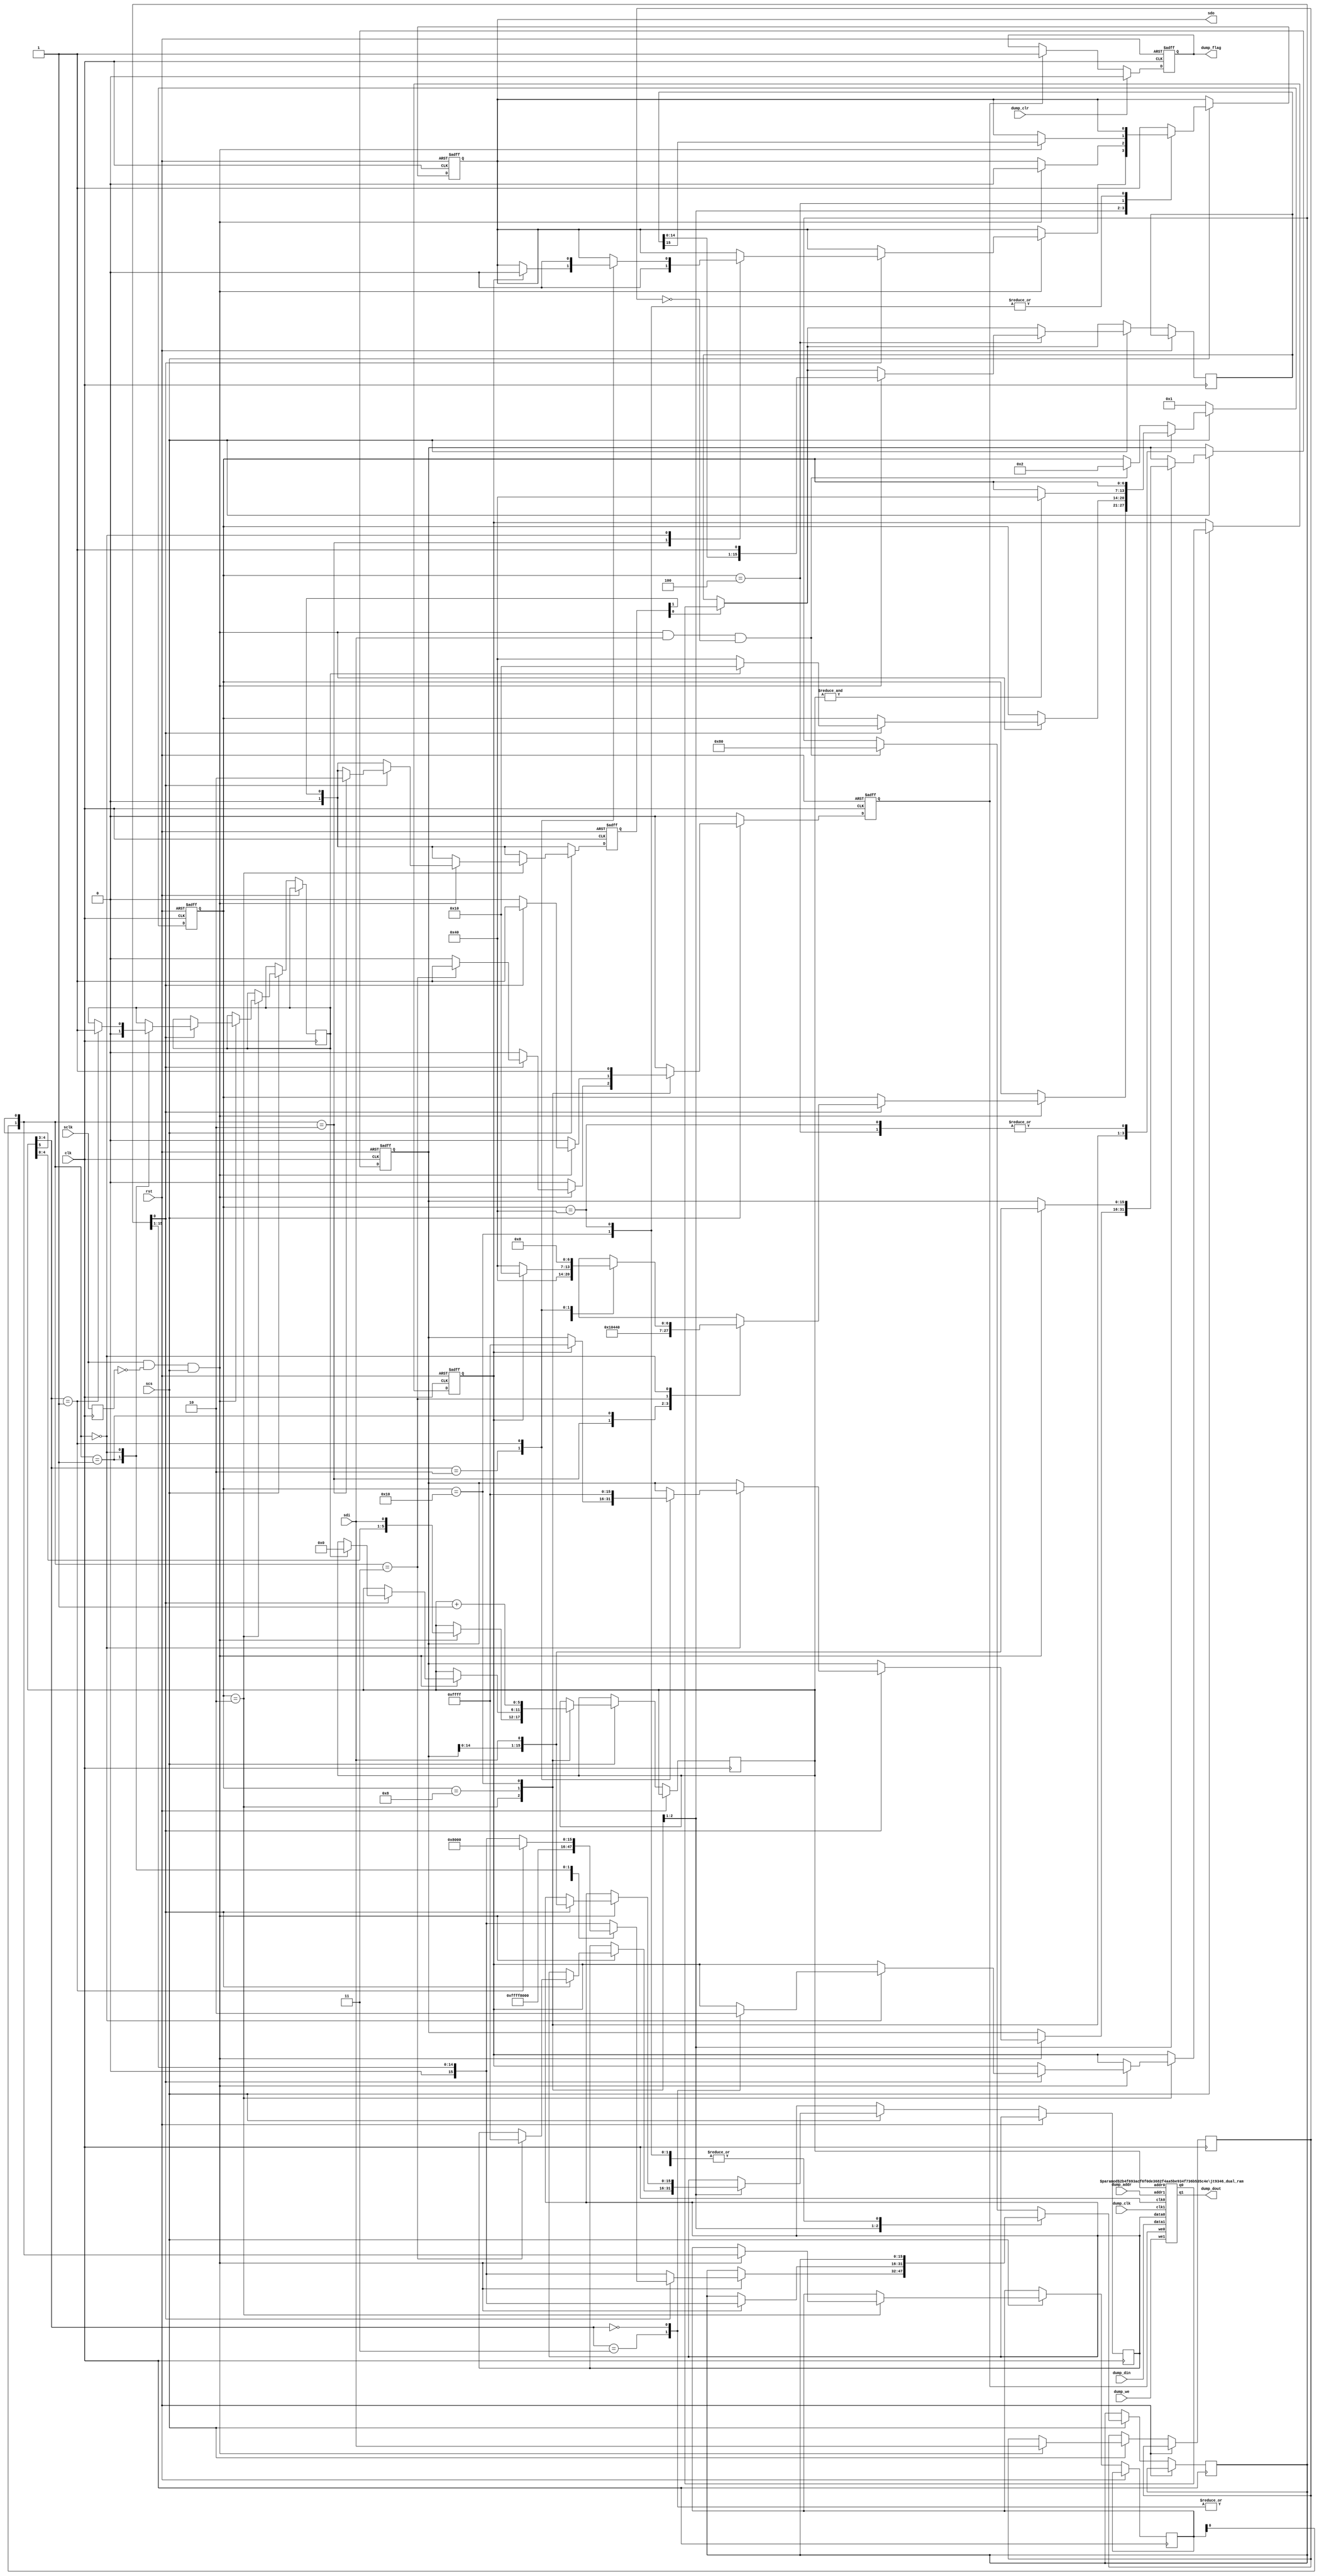
/*  This file is part of JTEEPROM.
    JTEEPROM program is free software: you can redistribute it and/or modify
    it under the terms of the GNU General Public License as published by
    the Free Software Foundation, either version 3 of the License, or
    (at your option) any later version.

    JTEEPROM program is distributed in the hope that it will be useful,
    but WITHOUT ANY WARRANTY; without even the implied warranty of
    MERCHANTABILITY or FITNESS FOR A PARTICULAR PURPOSE.  See the
    GNU General Public License for more details.

    You should have received a copy of the GNU General Public License
    along with JTEEPROM.  If not, see <http://www.gnu.org/licenses/>.

    Author: Jose Tejada Gomez. Twitter: @topapate
    Version: 1.0
    Date: 21-3-2020 */

// Module compatible with Microchip 96C06/46

module jt9346 #(
    parameter
    AW=6,   // Memory address bits
    CW=AW,  // bits between the 2-bit op command and the data
    DW=16
) (
    input           rst,        // system reset
    input           clk,        // system clock
    // chip interface
    input           sclk,       // serial clock
    input           sdi,         // serial data in
    output      reg sdo,         // serial data out and ready/not busy signal
    input           scs,         // chip select, active high. Goes low in between instructions
    // Dump access
    input           dump_clk,
    input  [AW-1:0] dump_addr,
    input           dump_we,
    input  [DW-1:0] dump_din,
    output [DW-1:0] dump_dout,
    // NVRAM contents changed
    input           dump_clr,   // Clear the flag
    output reg      dump_flag   // There was a write
);


reg           erase_en, write_all;
reg           sdi_l;
reg           last_sclk, mem_we;
reg  [   1:0] dout_up;
wire          sclk_posedge = sclk && !last_sclk;
reg  [CW-1:0] addr;
reg  [DW-1:0] newdata, dout, mem_din;
wire [DW-1:0] qout;
reg  [  15:0] rx_cnt;
reg  [   1:0] op;
reg  [   6:0] st;
wire [DW-1:0] next_data = { newdata[DW-2:0], sdi };
wire [CW+1:0] full_op = { op, addr };

`ifdef SIMULATION
wire [AW-1:0] next_addr = {addr[AW-2:0], sdi};
`endif

localparam IDLE=7'd1, RX=7'd2, READ=7'd4, WRITE=7'd8, WRITE_ALL=7'h10,
           PRE_READ=7'h20, WAIT=7'h40;

always @(posedge clk) last_sclk <= sclk;

jt9346_dual_ram #(.DW(DW), .AW(AW)) u_ram(
    .clk0   ( clk       ),
    .clk1   ( dump_clk  ),
    // First port: internal use
    .addr0  ( addr[0+:AW] ),
    .data0  ( mem_din   ),
    .we0    ( mem_we    ),
    .q0     ( qout      ),
    // Second port: dump
    .addr1  ( dump_addr ),
    .data1  ( dump_din  ),
    .we1    ( dump_we   ),
    .q1     ( dump_dout )
);

`ifdef JT9346_SIMULATION
    `define REPORT_WRITE(a,v) $display("EEPROM: %X written to %X", v, a[0+:AW]);
    `define REPORT_READ(a,v) $display("EEPROM: %X read from  %X", v, a[AW-1:0]);
    `define REPORT_ERASE(a  ) $display("EEPROM: %X ERASED", a);
    `define REPORT_ERASEEN  $display("EEPROM: erase enabled");
    `define REPORT_ERASEDIS $display("EEPROM: erase disabled");
    `define REPORT_ERASEALL $display("EEPROM: erase all");
    `define REPORT_WRITEALL $display("EEPROM: write all");
`else
    `define REPORT_WRITE(a,v)
    `define REPORT_READ(a,v)
    `define REPORT_ERASE(a)
    `define REPORT_ERASEEN
    `define REPORT_ERASEDIS
    `define REPORT_ERASEALL
    `define REPORT_WRITEALL
`endif

always @(posedge clk, posedge rst) begin
    if( rst ) begin
        erase_en <= 0;
        newdata  <= {DW{1'b1}};
        mem_we   <= 0;
        st       <= IDLE;
        sdo      <= 1'b0;
        dout_up  <= 0;
        dump_flag<= 0;
    end else begin
        if( dout_up[0] ) begin
            `REPORT_READ ( addr, qout )
            dout    <= qout;
            dout_up <= 0;
        end
        mem_we  <= 0;
        // It flags a write command, not necessarily a data change
        if( dump_clr )
            dump_flag <= 0;
        else if(mem_we) dump_flag <= 1;

        dout_up <= dout_up>>1;
        if( !scs ) begin
            st <= IDLE;
        end else begin
            if( sclk_posedge && scs ) sdi_l <= sdi;
            case( st )
                default: begin
                    sdo    <= 1; // ready
                    if( sclk_posedge && scs && sdi && !sdi_l ) begin
                        st <= RX;
                        rx_cnt <= 16'h1 << (CW+1);
                    end
                end
                RX: if( sclk_posedge && scs ) begin
                    rx_cnt <= rx_cnt>>1;
                    { op, addr } <= { full_op[CW:0], sdi };
                    if( rx_cnt[0] ) begin
                        case( full_op[CW:CW-1] ) // op is in bits 6:5
                            2'b10: begin
                                st      <= READ;
                                sdo     <= 0;
                                dout_up <= 2'b10;
                                // dout <= mem[ next_addr ];
                                rx_cnt  <= 16'hFFFF;
                            end
                            2'b01: begin
                                st        <= WRITE;
                                rx_cnt    <= DW==16 ? 16'h8000 : 16'h80;
                                write_all <= 1'b0;
                            end
                            2'b11: begin // ERASE
                                `REPORT_ERASE(next_addr)
                                mem_din <= {DW{1'b1}};
                                mem_we  <= 1;
                                // mem[ next_addr ] <= {DW{1'b1}};
                                st <= WAIT;
                            end
                            2'b00:
                                case( full_op[CW-2:CW-3] )
                                    2'b11: begin
                                        `REPORT_ERASEEN
                                        erase_en <= 1'b1;
                                        st <= WAIT;
                                    end
                                    2'b00: begin
                                        `REPORT_ERASEDIS
                                        erase_en <= 1'b0;
                                        st <= WAIT;
                                    end
                                    2'b10: begin
                                        if( erase_en ) begin
                                            `REPORT_ERASEALL
                                            sdo     <= 0; // busy
                                            newdata <= {DW{1'b1}};
                                            st      <= WRITE_ALL;
                                        end else begin
                                            st <= WAIT;
                                        end
                                    end
                                    2'b01: begin
                                        `REPORT_WRITEALL
                                        sdo       <= 0; // busy
                                        st        <= WRITE;
                                        newdata   <= {DW{1'b1}};
                                        rx_cnt    <= 16'h1 << (DW-1);
                                        write_all <= 1'b1;
                                    end
                                endcase
                        endcase
                    end
                end
                WRITE: if( sclk_posedge && scs ) begin
                    newdata <= next_data;
                    rx_cnt  <= rx_cnt>>1;
                    sdo     <= 0; // busy
                    if( rx_cnt[0] ) begin
                        mem_we  <= 1;
                        if( write_all ) begin
                            addr   <= 0;
                            mem_din<= next_data;
                            st   <= WRITE_ALL;
                        end else begin
                            `REPORT_WRITE( addr, next_data )
                            // mem[ addr ] <= next_data;
                            mem_din <= next_data;
                            st <= WAIT;
                        end
                    end
                end
                /*
                PRE_READ: if( sclk_posedge && scs ) begin
                    st <= READ;
                    sdo <= 0;
                end else if(!scs) st<=IDLE;*/
                READ: if( sclk_posedge && scs ) begin
                    { sdo, dout} <= { dout, 1'b1 };
                end else if(!scs) begin
                    st <= IDLE;
                end
                WRITE_ALL: begin
                    addr   <= addr+1'd1;
                    mem_we <= 1;
                    if( &addr ) st <= WAIT;
                end
                WAIT: begin
                    if (!scs) st<=IDLE;
                end
            endcase
        end
    end
end

endmodule


module jt9346_dual_ram #(parameter DW=8, AW=10) (
    input   clk0,
    input   clk1,
    // Port 0
    input   [DW-1:0] data0,
    input   [AW-1:0] addr0,
    input   we0,
    output reg [DW-1:0] q0,
    // Port 1
    input   [DW-1:0] data1,
    input   [AW-1:0] addr1,
    input   we1,
    output reg [DW-1:0] q1
    `ifdef JTFRAME_DUAL_RAM_DUMP
    ,input dump
    `endif
);

(* ramstyle = "no_rw_check" *) reg [DW-1:0] mem[0:(2**AW)-1];

`ifdef SIMULATION
integer rstcnt;
initial begin
    for( rstcnt=0; rstcnt<2**AW; rstcnt=rstcnt+1)
        mem[rstcnt] = {DW{1'b1}};
end
`endif

always @(posedge clk0) begin
    q0 <= mem[addr0];
    if(we0) mem[addr0] <= data0;
end

always @(posedge clk1) begin
    q1 <= mem[addr1];
    if(we1) mem[addr1] <= data1;
end

endmodule